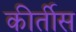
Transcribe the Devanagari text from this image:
कीर्तीस